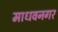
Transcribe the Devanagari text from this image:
माधवनगर